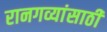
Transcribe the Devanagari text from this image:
रानगव्यांसाठी